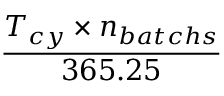
\frac { T _ { c y } \times n _ { b a t c h s } } { 3 6 5 . 2 5 }